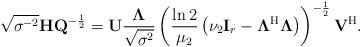
LaTeX: \begin{align*}\sqrt{\sigma^{-2}}\mathbf{H}\mathbf{Q}^{-\frac{1}{2}}=\mathbf{U}\frac{\boldsymbol{\Lambda}}{\sqrt{\sigma^{2}}}\left(\frac{\ln2}{\mu_2}\left(\nu_2\mathbf{I}_{r}-\boldsymbol{\Lambda}^{\rm H}\boldsymbol{\Lambda}\right)\right)^{-\frac{1}{2}}\mathbf{V}^{\rm H}.\end{align*}